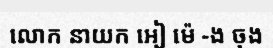
លោក នាយក អៀ ម៉េ -ង ចុង